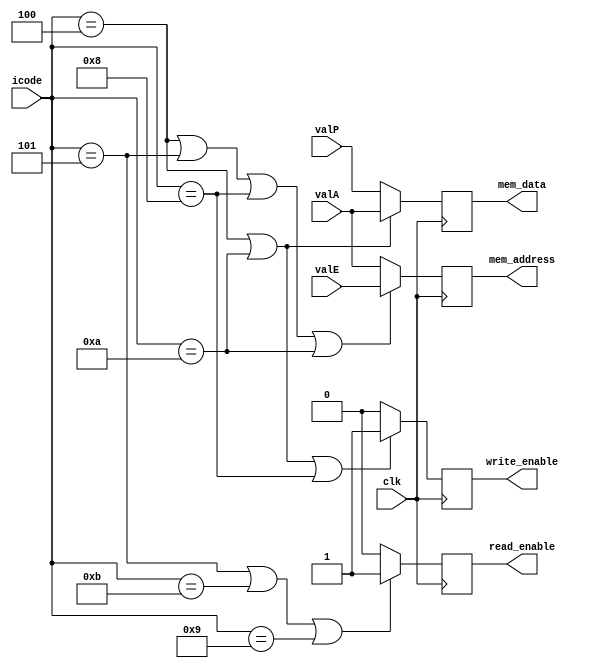
module memtask ( read_enable , write_enable ,  mem_address , mem_data , icode , valE , valA , valP , clk ) ;

// output valM comes from the data memory block not from the memory tasks block 


output reg read_enable ;
output reg write_enable ;
// memaddress memdata 
output reg signed  [63:0] mem_address  ;  // if negative address is encountered , we throw back an error 
output reg signed  [63:0] mem_data    ;  // this can be negative , because it is an integer value 


input clk ;
input [3:0] icode ;
input signed [63:0] valA ; 
input signed [63:0] valE ;
input signed [63:0] valP ; 

// wire read_enable ; 
// wire write_enable ;

    always @ ( posedge ( clk) )  begin 

        read_enable = ( icode == 4'h5 || icode == 4'hb || icode == 4'h9 ) ? 1'b1 : 1'b0 ; 
        write_enable = (  icode == 4'h4 || icode == 4'ha || icode == 4'h8 ) ? 1'b1 : 1'b0 ; 
    // end 

    // always @ ( valE , valA ) begin 
        mem_address = ( icode == 4'h4 || icode == 4'h5 || icode == 4'h8 || icode == 4'ha ) ? valE  : valA ;     
    // end

    // always @ ( valA , valP )  begin 
        mem_data  = ( icode == 4'h4 || icode == 4'ha ) ? valA : valP ; 
        $monitor ( "in memtask.v\t mem_data = %h  , valA = %h" , mem_data , valA ) ; 

    end 

endmodule 

// implementation algorithm ideas :
// if all even positions are occupied by even numbers only , then print the sum of the numbers 
// else sort all the numbers in the memory locations 

// pending : setting up clocks in all modules